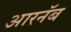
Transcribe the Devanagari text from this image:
आरनॅब